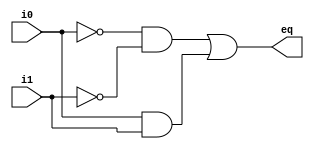
module eq1
   // I/O ports
   (
    input wire i0, i1,
    output wire eq
   );

   // signal declaration
   wire p0, p1;

   // body
   // sum of two product terms
   assign eq = p0 | p1;
   // product terms
   assign p0 = ~i0 & ~i1;
   assign p1 = i0 & i1;

endmodule